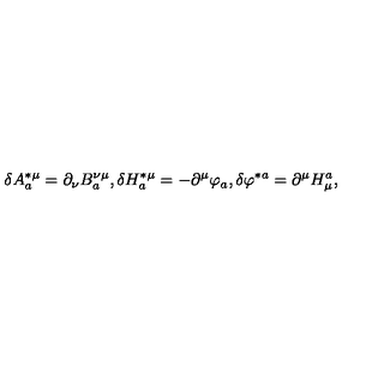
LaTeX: \delta A _ { a } ^ { * \mu } = \partial _ { \nu } B _ { a } ^ { \nu \mu } , \delta H _ { a } ^ { * \mu } = - \partial ^ { \mu } \varphi _ { a } , \delta \varphi ^ { * a } = \partial ^ { \mu } H _ { \mu } ^ { a } ,